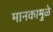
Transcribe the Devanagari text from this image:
मानकामुळे